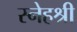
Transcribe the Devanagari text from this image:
स्नेहश्री